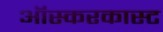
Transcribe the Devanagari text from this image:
ऑस्करकास्ट